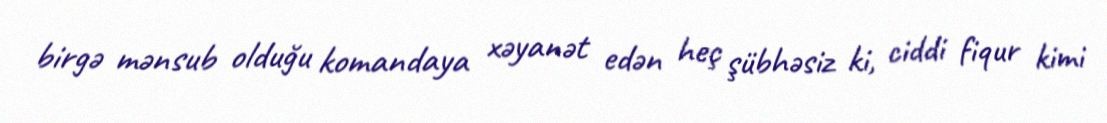
birgə mənsub olduğu komandaya xəyanət edən heç şübhəsiz ki, ciddi fiqur kimi